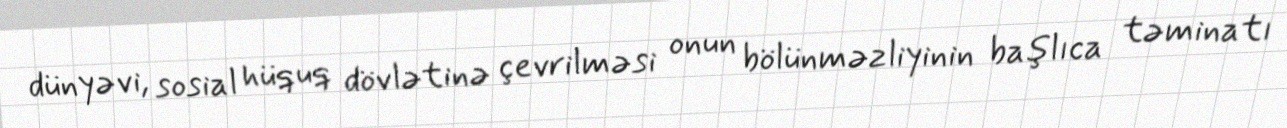
dünyəvi, sosial hüquq dövlətinə çevrilməsi onun bölünməzliyinin başlıca təminatı